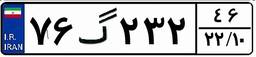
۷۶گ۲۳۲۴۶